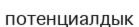
потенциалдык